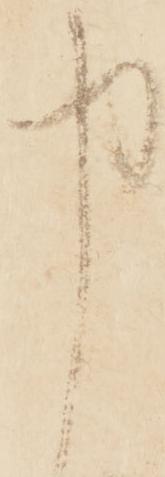
申